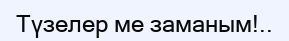
Түзелер ме заманым!..